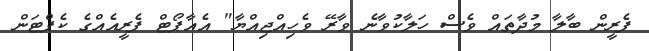
ފެރީން ބާލާ މުދާތައް ވެސް ހަލާކުވާނެ ވާރޭ ވެހިއްޖިއްޔާ" އެއާޕޯޓް ފެރީއެއްގެ ކެޕްޓަން